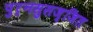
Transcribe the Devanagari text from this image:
पुर्नसुसज्जित